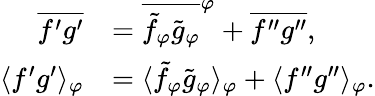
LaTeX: \begin{array}{rl}{\overline{{f^{\prime}g^{\prime}}}}&{=\overline{{\tilde{f}_{\varphi}\tilde{g}_{\varphi}}}^{\varphi}+\overline{{f^{\prime\prime}g^{\prime\prime}}},}\\ {\langle{f^{\prime}g^{\prime}}\rangle_{\varphi}}&{=\langle{\tilde{f}_{\varphi}\tilde{g}_{\varphi}}\rangle_{\varphi}+\langle{f^{\prime\prime}g^{\prime\prime}}\rangle_{\varphi}.}\end{array}